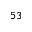
^ { 5 3 }